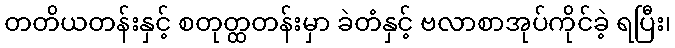
တတိယတန်းနှင့် စတုတ္ထတန်းမှာ ခဲတံနှင့် ဗလာစာအုပ်ကိုင်ခဲ့ ရပြီး၊